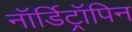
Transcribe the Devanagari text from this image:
नॉर्डिट्रॉपिन